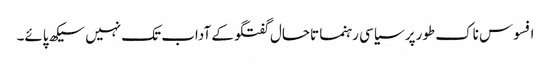
افسوس ناک طورپر سیاسی رہنما تاحال گفتگو کے آداب تک نہیں سیکھ پائے۔